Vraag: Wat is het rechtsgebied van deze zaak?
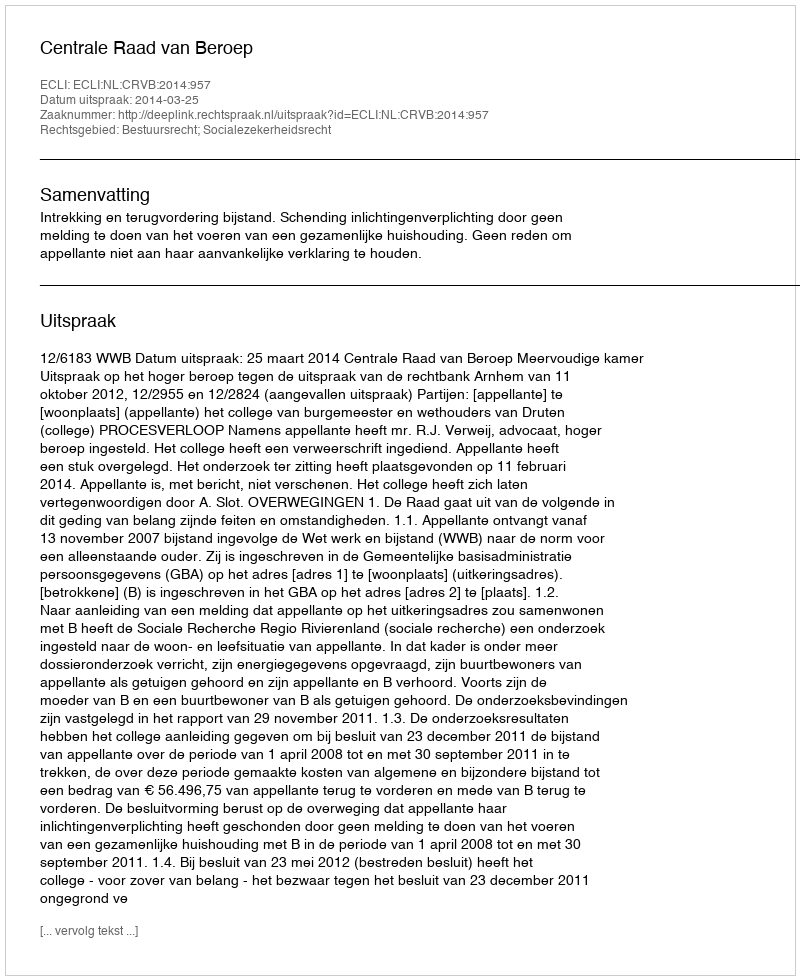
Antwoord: Bestuursrecht; Socialezekerheidsrecht